Annual report of the Imperial Bacteriologist
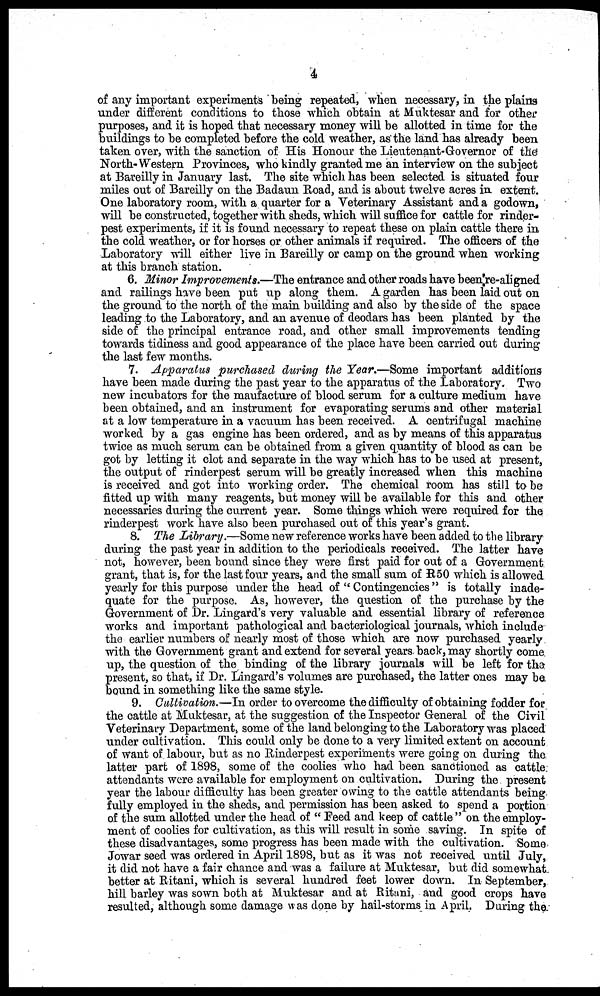
4
of any important experiments being repeated, when necessary, in the plains
under different conditions to those which obtain at Muktesar and for other
purposes, and it is hoped that necessary money will be allotted in time for the
buildings to be completed before the cold weather, as the land has already been
taken over, with the sanction of His Honour the Lieutenant-Governor of the
North-Western Provinces, who kindly granted me an interview on the subject
at Bareilly in January last. The site which has been selected is situated four
miles out of Bareilly on the Badaun Road, and is about twelve acres in extent.
One laboratory room, with a quarter for a Veterinary Assistant and a godown,
will be constructed, together with sheds, which will suffice for cattle for rinder-
pest experiments, if it is found necessary to repeat these on plain cattle there in
the cold weather, or for horses or other animals if required. The officers of the
Laboratory will either live in Bareilly or camp on the ground when working
at this branch station.
6. Minor Improvements.—The entrance and other roads have been re-aligned
and railings have been put up along them. A garden has been laid out on
the ground to the north of the main building and also by the side of the space
leading to the Laboratory, and an avenue of deodars has been planted by the
side of the principal entrance road, and other small improvements tending
towards tidiness and good appearance of the place have been carried out during
the last few months.
7. Apparatus purchased during the Year.—Some important additions
have been made during the past year to the apparatus of the Laboratory. Two
new incubators for the maufacture of blood serum for a culture medium have
been obtained, and an instrument for evaporating serums and other material
at a low temperature in a vacuum has been received. A centrifugal machine
worked by a gas engine has been ordered, and as by means of this apparatus
twice as much serum can be obtained from a given quantity of blood as can be
got by letting it clot and separate in the way which has to be used at present,
the output of rinderpest serum will be greatly increased when this machine
is received and got into working order. The chemical room has still to be
fitted up with many reagents, but money will be available for this and other
necessaries during the current year. Some things which were required for the
rinderpest work have also been purchased out of this year's grant.
8. The Library.—Some new reference works have been added to the library
during the past year in addition to the periodicals received. The latter have
not, however, been bound since they were first paid for out of a Government
grant, that is, for the last four years, and the small sum of R50 which is allowed
yearly for this purpose under the head of "Contingencies" is totally inade-
quate for the purpose. As, however, the question of the purchase by the
Government of Dr. Lingard's very valuable and essential library of reference
works and important pathological and bacteriological journals, which include
the earlier numbers of nearly most of those which are now purchased yearly
with the Government grant and extend for several years back, may shortly come
up, the question of the binding of the library journals will be left for the
present, so that, if Dr. Lingard's volumes are purchased, the latter ones may be
bound in something like the same style.
9. Cultivation.—In order to overcome the difficulty of obtaining fodder for
the cattle at Muktesar, at the suggestion of the Inspector General of the Civil
Veterinary Department, some of the land belonging to the Laboratory was placed
under cultivation. This could only be done to a very limited extent on account
of want of labour, but as no Rinderpest experiments were going on during the
latter part of 1898, some of the coolies who had been sanctioned as cattle
attendants were available for employment on cultivation. During the present
year the labour difficulty has been greater owing to the cattle attendants being
fully employed in the sheds, and permission has been asked to spend a portion
of the sum allotted under the head of " Feed and keep of cattle " on the employ-
ment of coolies for cultivation, as this will result in some saving. In spite of
these disadvantages, some progress has been made with the cultivation. Some
Jowar seed was ordered in April 1898, but as it was not received until July,
it did not have a fair chance and was a failure at Muktesar, but did somewhat
better at Ritani, which is several hundred feet lower down. In September,
hill barley was sown both at Muktesar and at Ritani, and good crops have
resulted, although some damage was done by hail-storms in April. During the